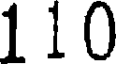
110